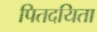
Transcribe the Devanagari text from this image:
पितदयिता